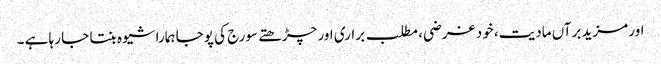
اور مزید برآں مادیت، خود غرضی، مطلب براری اور چڑھتے سورج کی پوجا ہمارا شیوہ بنتا جا رہا ہے ۔